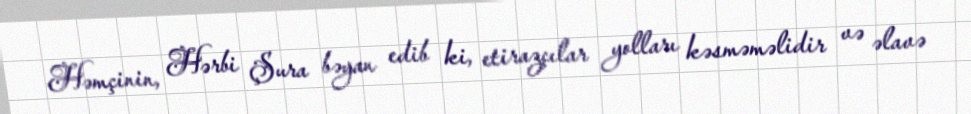
Həmçinin, Hərbi Şura bəyan edib ki, etirazçılar yolları kəsməməlidir və əlavə